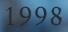
1998